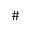
\#